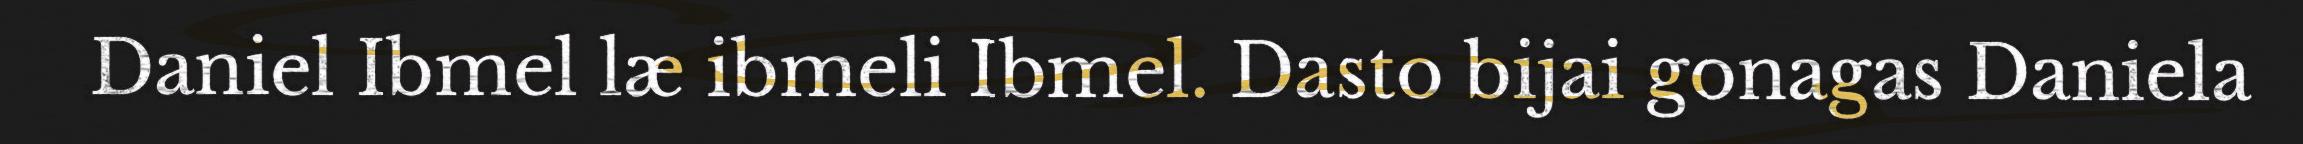
Daniel Ibmel læ ibmeli Ibmel. Dasto bijai gonagas Daniela